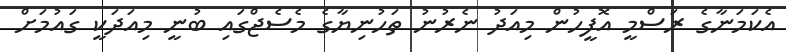
އެކަމަނާގެ ރަސްމީ އޮފީހުން މިއަދު ނެރުނު ތަހުނިޔާގެ މެސެޖްގައި ބުނީ މިއަދަކީ ގައުމަށް